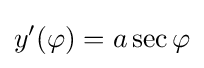
y'(\varphi )=a\sec \varphi